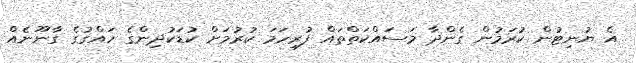
އެ ޔުނިޓުން ކުރަމުން ގެންދާ މަސައްކަތްތައް ފުރިހަމަ ކުރުމަށް ކުޑަކުދިންގެ ހައްގުގެ ގާނޫނެއް